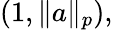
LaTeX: (1,\| a\| _{p}),